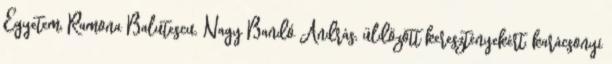
Egyetem, Ramona Balutescu, Nagy Bandó András, üldözött keresztényekért, karácsonyi